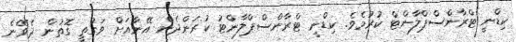
ކިޑްނީ ޓްރާންސްޕްލާންޓް ކުރުމެވެ. ކިޑްނީ ޓްރާންސްޕްލާންޓު ކުރަންދެން އޭނާއަށް ވަގުތީ ގޮތުން ދެވޭނެ